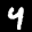
Label: 4